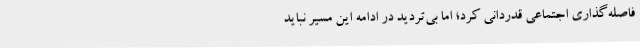
فاصله‌گذاری اجتماعی قدردانی کرد؛ اما بی‌تردید در ادامه این مسیر نباید